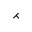
\rightthreetimes